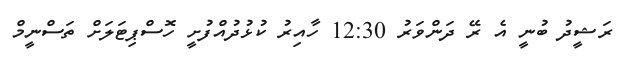
ރަޝީދު ބުނީ އެ ރޭ ދަންވަރު 12:30 ހާއިރު ކުޅުދުއްފުށީ ހޮސްޕިޓަލަށް ތަސްނީމް